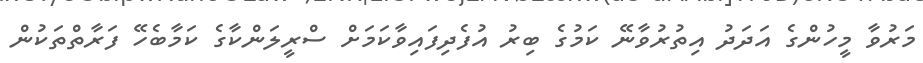
މަރުވާ މީހުންގެ އަދަދު އިތުރުވާނޭ ކަމުގެ ބިރު އުފެދިފައިވާކަމަށް ސްރީލަންކާގެ ކަމާބެހޭ ފަރާތްތަކުން